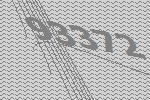
93372